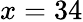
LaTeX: x=34